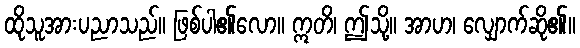
ထိုသူအားပညာသည်။ ဖြစ်ပါ၏လော။ ဣတိ၊ ဤသို့။ အာဟ၊ လျှောက်ဆို၏။